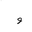
Letter: _waw